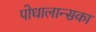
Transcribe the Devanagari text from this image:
पोधालान्सका